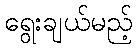
ရွေးချယ်မည့်